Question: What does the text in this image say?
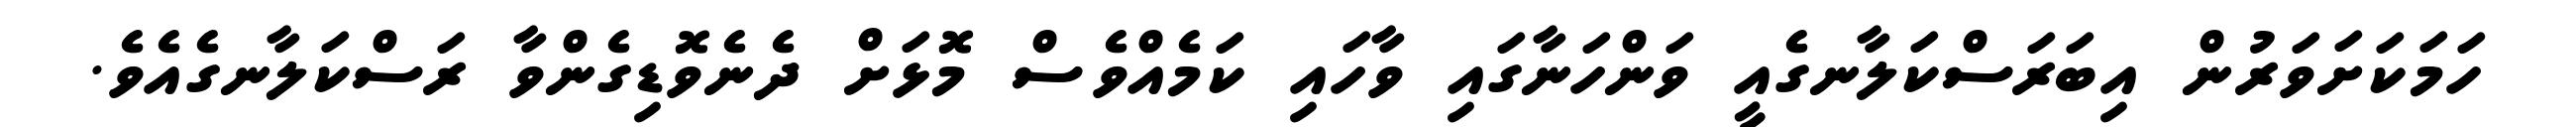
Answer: ހަމަކަށަވަރުން އިބަރަސްކަލާނގެއީ ވަންހަނާގައި ވާހައި ކަމެއްވެސް މޮޅަށް ދެނެވޮޑިގެންވާ ރަސްކަލާނގެއެވެ.